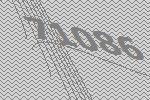
71086